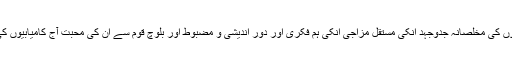
بلوچ ماں و بہنوں کی مخلصانہ جدوجہد انکی مستقل مزاجی انکی ہم فکری اور دور اندیشی و مضبوط اور بلوچ قوم سے ان کی محبت آج کامیابیوں کی وجہ بنی ہیں۔